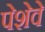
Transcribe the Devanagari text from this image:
पेशेवे